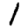
Digit: 1